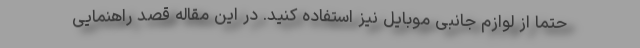
حتما از لوازم جانبی موبایل نیز استفاده کنید. در این مقاله قصد راهنمایی